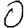
Digit: 0